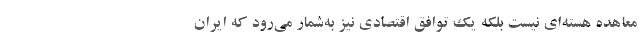
معاهده هسته‌ای نیست بلکه یک توافق اقتصادی نیز به‌شمار می‌رود که ایران